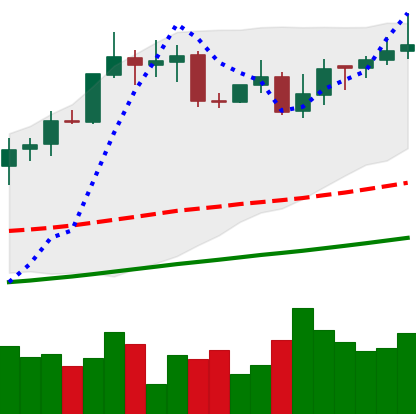
Ticker: XMR-USD
Chart end date: 2020-10-26
Forward return: -4.307%
Label: down_3_5